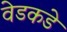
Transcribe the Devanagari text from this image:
वेडकडे